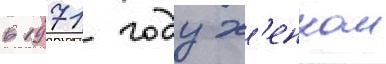
в 1971 году х'енком